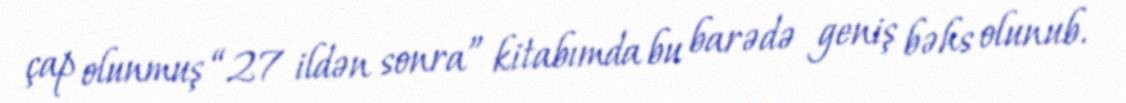
çap olunmuş “27 ildən sonra” kitabımda bu barədə geniş bəhs olunub.